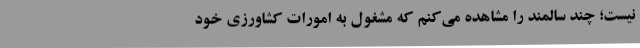
نیست؛ چند سالمند را مشاهده می‌کنم که مشغول به امورات کشاورزی خود